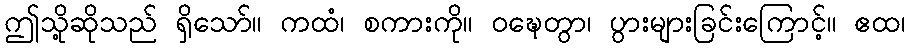
ဤသို့ဆိုသည် ရှိသော်။ ကထံ၊ စကားကို။ ဝဍ္ဎေတွာ၊ ပွားများခြင်းကြောင့်။ ဧထ၊